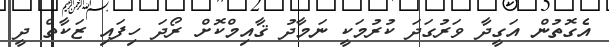
އެގޮތުން އަގީދާ ވަރުގަދަ ކުރުމަކީ ނަމާދު ޤާއިމްކޮށް ރޯދަ ހިފައި ޒަކާތް ދީ